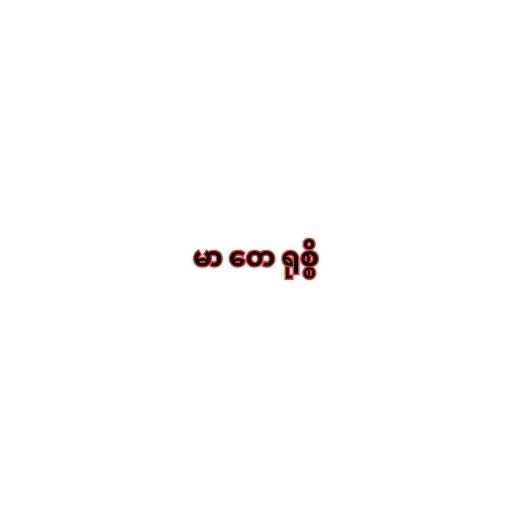
မာ တေ ရုစ္စိ